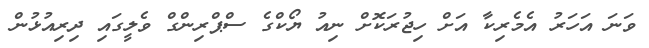
ވަނަ އަހަރު އެމެރިކާ އަށް ހިޖުރަކޮށް ނިއު ޔޯކްގެ ސްޕްރިންގް ވެލީގައި ދިރިއުޅުން